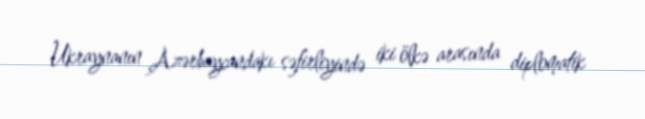
Ukraynanın Azərbaycandakı səfirliyində iki ölkə arasında diplomatik